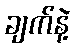
ချက်နဲ့